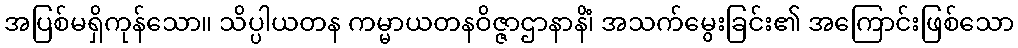
အပြစ်မရှိကုန်သော။ သိပ္ပါယတန ကမ္မာယတနဝိဇ္ဇာဌာနာနိံ၊ အသက်မွေးခြင်း၏ အကြောင်းဖြစ်သော